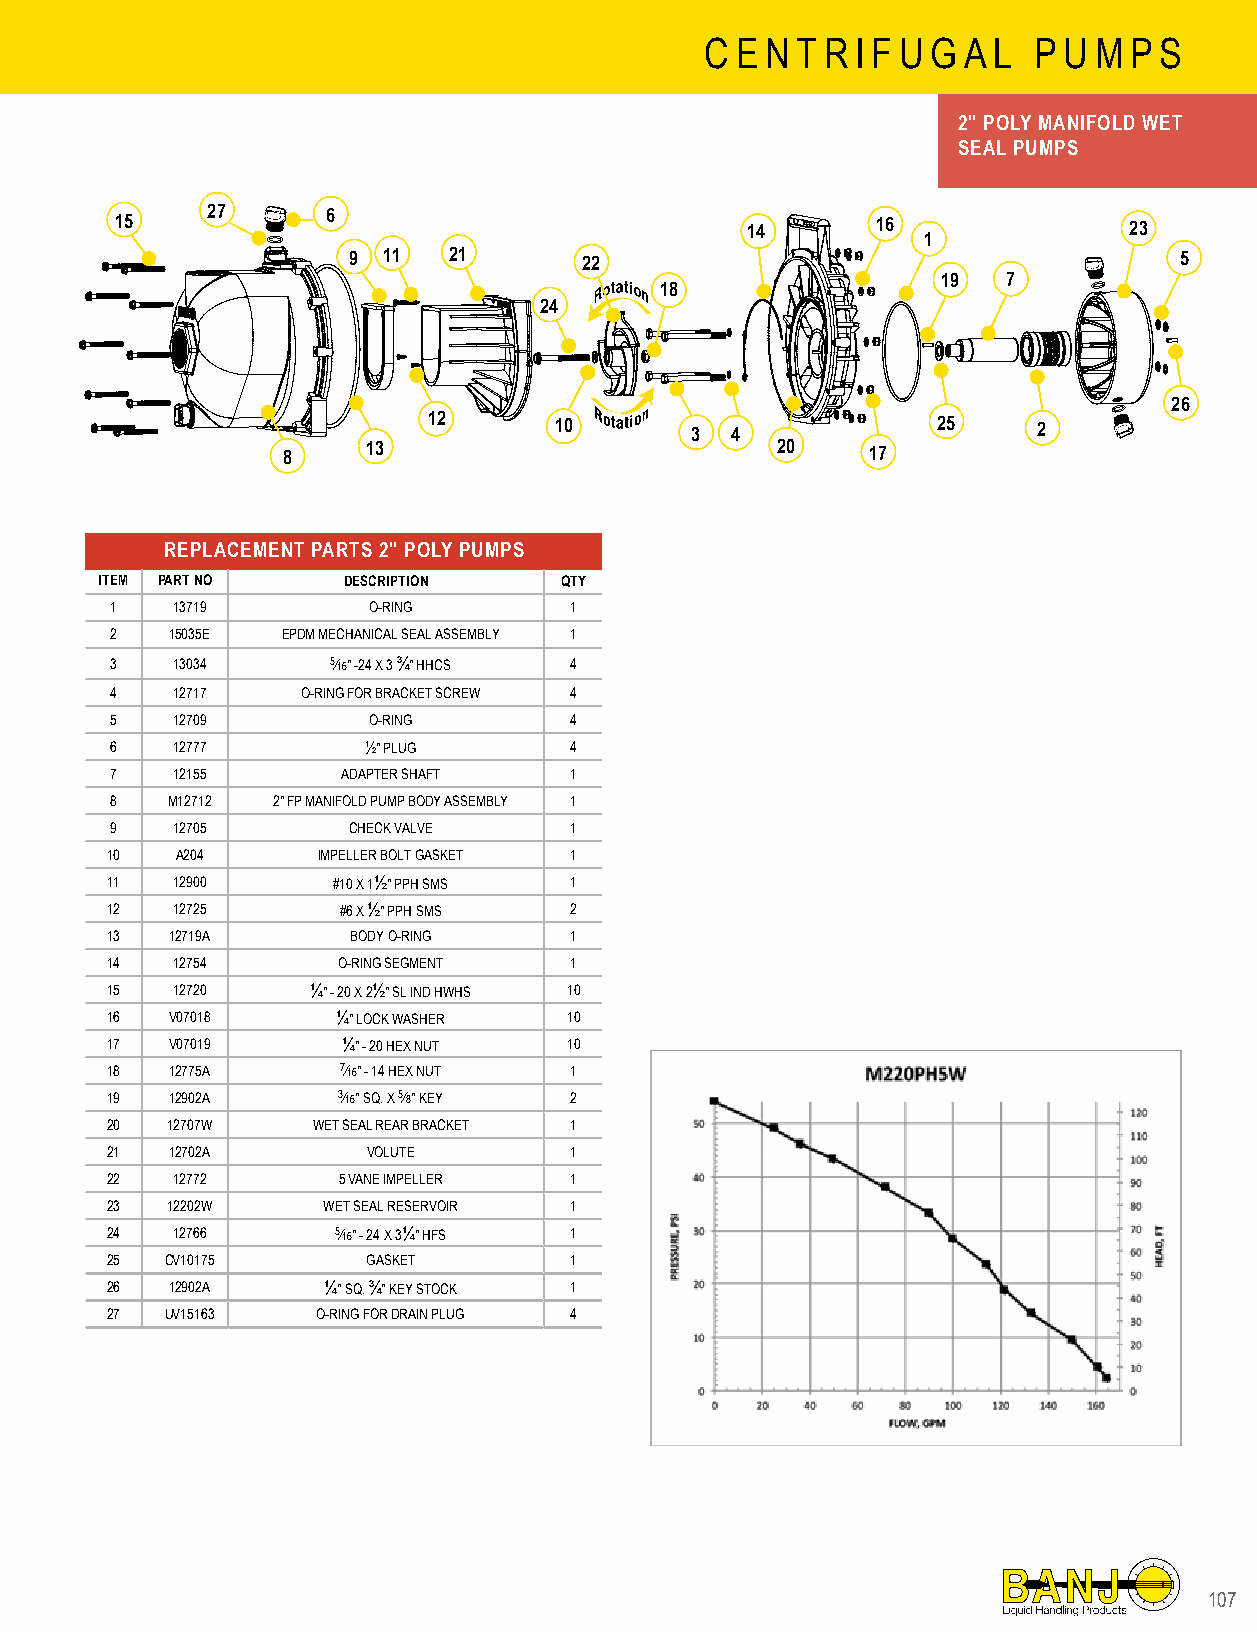
C E N T R I F U G A L P U M P S
 2" POLY MANIFOLD WET
 SEAL PUMPS
 15    27      6                          14       16               23
 1
 9 11   21      22                                      5
 19   7
 18
 24
 26
 12       10       3 4             25     2
 8    13                         20    17
 REPLACEMENT PARTS 2" POLY PUMPS
 ITEM PART NO    DESCRIPTION   QTY
 1   13719        O-RING        1
 2   15035E  EPDM MECHANICAL SEAL ASSEMBLY 1
 3   13034      5⁄16" -24 X 3 ¾" HHCS 4
 4   12717    O-RING FOR BRACKET SCREW 4
 5   12709        O-RING        4
 6   12777        ½" PLUG       4
 7   12155       ADAPTER SHAFT  1
 8   M12712 2" FP MANIFOLD PUMP BODY ASSEMBLY 1
 9   12705       CHECK VALVE    1
 10   A204     IMPELLER BOLT GASKET 1
 11  12900      #10 X 1½" PPH SMS 1
 12  12725      #6 X ½" PPH SMS 2
 13  12719A      BODY O-RING    1
 14  12754      O-RING SEGMENT  1
 15  12720     ¼" - 20 X 2½" SL IND HWHS 10
 16  V07018     ¼" LOCK WASHER  10
 17  V07019      ¼" - 20 HEX NUT 10
 18  12775A      7⁄16" - 14 HEX NUT 1
 19  12902A     3⁄16" SQ. X 5⁄8" KEY 2
 20  12707W    WET SEAL REAR BRACKET 1
 21  12702A       VOLUTE        1
 22  12772      5 VANE IMPELLER 1
 23  12202W    WET SEAL RESERVOIR 1
 24  12766      5⁄16" - 24 X 3¼" HFS 1
 25  CV10175      GASKET        1
 26  12902A    ¼" SQ. ¾" KEY STOCK 1
 27  UV15163   O-RING FOR DRAIN PLUG 4
 110077